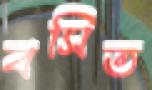
বসিত